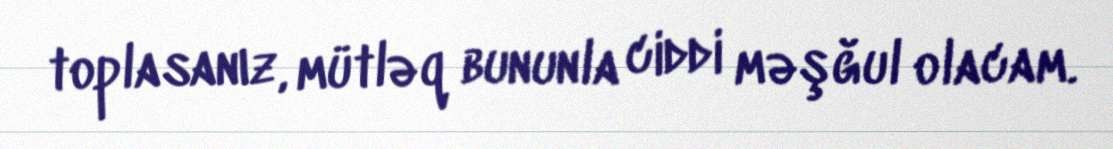
toplasanız, mütləq bununla ciddi məşğul olacam.